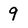
Character: 9